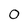
Character: 0